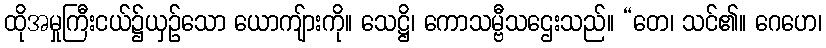
ထိုအမှုကြီးငယ်၌ယှဉ်သော ယောကျ်ားကို။ သေဋ္ဌိ၊ ကောသမ္ဗီသဌေးသည်။ “တေ၊ သင်၏။ ဂေဟေ၊